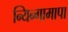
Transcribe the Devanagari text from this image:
न्यिन्गामापा